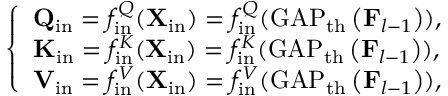
\left\{ \begin{array} { l l } { \mathbf { Q } _ { \mathrm { i n } } = f _ { \mathrm { i n } } ^ { Q } ( \mathbf { X } _ { \mathrm { i n } } ) = f _ { \mathrm { i n } } ^ { Q } ( \operatorname { G A P } _ { \mathrm { t h } } \left( \mathbf { F } _ { l - 1 } \right) ) , } \\ { \mathbf { K } _ { \mathrm { i n } } = f _ { \mathrm { i n } } ^ { K } ( \mathbf { X } _ { \mathrm { i n } } ) = f _ { \mathrm { i n } } ^ { K } ( \operatorname { G A P } _ { \mathrm { t h } } \left( \mathbf { F } _ { l - 1 } \right) ) , } \\ { \mathbf { V } _ { \mathrm { i n } } = f _ { \mathrm { i n } } ^ { V } ( \mathbf { X } _ { \mathrm { i n } } ) = f _ { \mathrm { i n } } ^ { V } ( \operatorname { G A P } _ { \mathrm { t h } } \left( \mathbf { F } _ { l - 1 } \right) ) , } \end{array} \right.